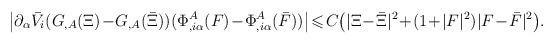
LaTeX: \begin{align*}\bigl|\partial_{\alpha} \Bar{V_i}(G_{,A}(\Xi)\!-\!G_{,A}(\bar{\Xi}))(\Phi_{,i\alpha}^A(F)\!-\!\Phi_{,i\alpha}^A(\bar{F}))\bigr|\!\leqslant\! C \big(|\Xi\!-\!\bar{\Xi}|^2\!+\!(1\!+\!|F|^2)|F\!-\!\bar{F}|^2\big).\end{align*}